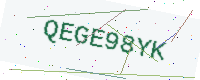
Text: QEGE98YK